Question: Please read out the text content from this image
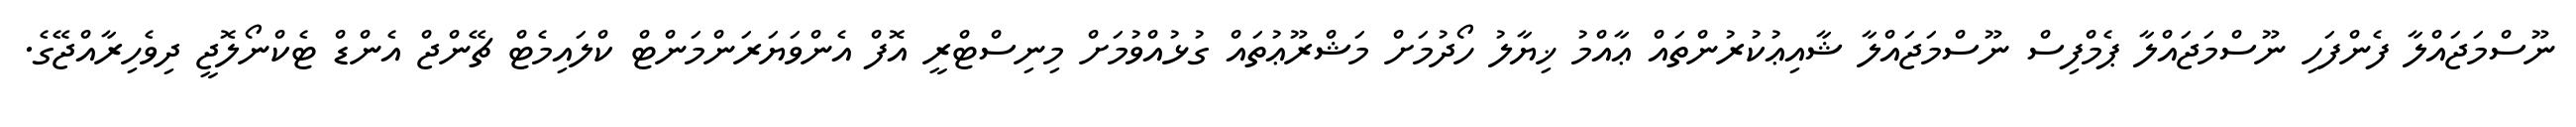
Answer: ނޫސްމަޖައްލާ ފެންފަހި ނޫސްމަޖައްލާ ޕެމްފިސް ނޫސްމަޖައްލާ ޝާއިޢުކުރުންތައް ޢާއްމު ޚިޔާލު ހޯދުމަށް މަޝްރޫޢުތައް ގުޅުއްވުމަށް މިނިސްޓްރީ އޮފް އެންވަޔަރަންމަންޓް ކްލައިމެޓް ޗޭންޖް އެންޑް ޓެކްނޯލޮޖީ ދިވެހިރާއްޖޭގެ.